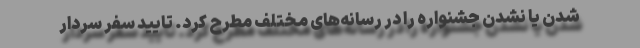
شدن یا نشدن جشنواره را در رسانه‌های مختلف مطرح کرد. تایید سفر سردار